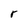
Character: r